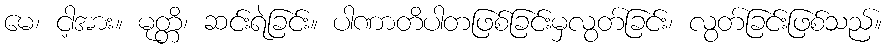
မေ၊ ငါ့အား။ မုတ္တိ၊ ဆင်းရဲခြင်း။ ပါဏာတိပါတဖြစ်ခြင်းမှလွတ်ခြင်း၊ လွတ်ခြင်းဖြစ်သည်။